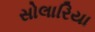
સોલારિયા